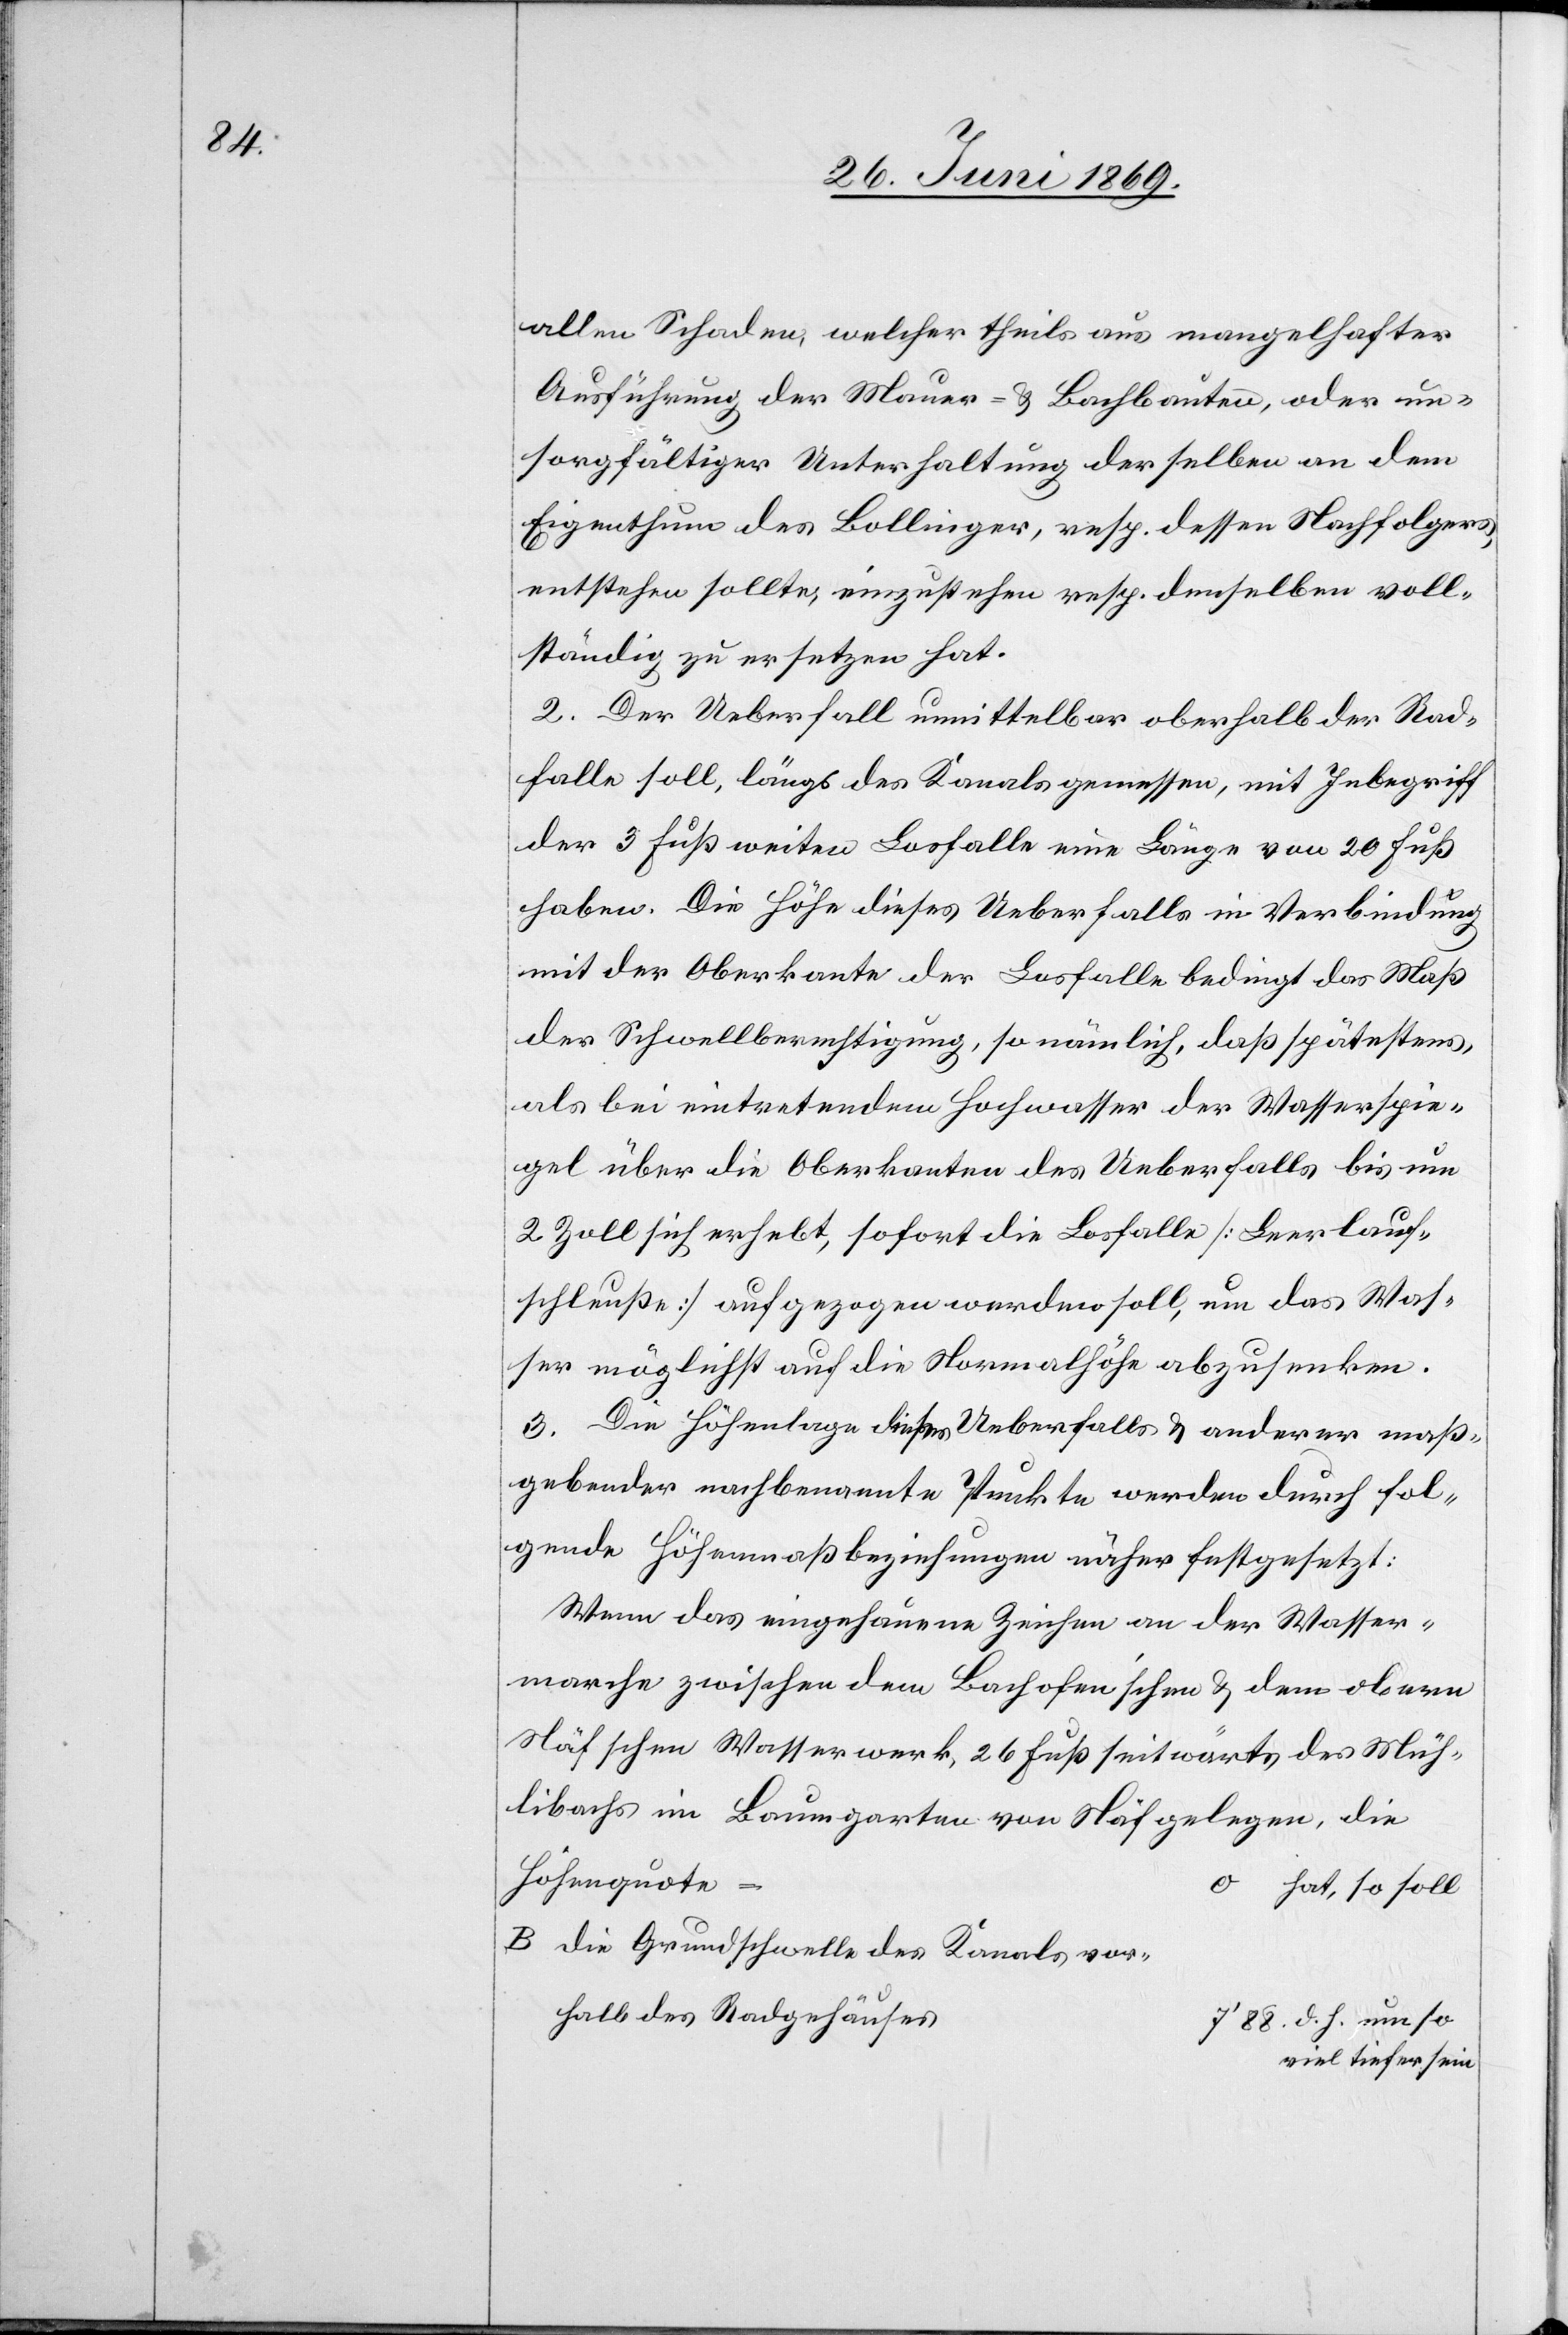
allen Schaden, welcher theils aus mangelhafter
Ausführung der Mauer- u. Bachbauten, oder un¬
sorgfältiger Unterhaltung derselben an dem
Eigenthum des Bollinger, resp. dessen Nachfolgers,
entstehen sollte, einzustehen resp. denselben voll¬
ständig zu ersetzen hat.
2. Der Ueberfall unmittelbar oberhalb der Rad¬
falle soll, längs des Kanals gemessen, mit Inbegriff
der 3 Fuß weiten Losfalle eine Länge von 20 Fuß
haben. Die Höhe dieses Ueberfalls in Verbindung
mit der Oberkante der Losfalle bedingt das Maß
der Schwellberechtigung, so nämlich, daß spätestens,
als bei eintretendem Hochwasser der Wasserspie¬
gel über die Oberkanten des Ueberfalls bis um
2 Zoll sich erhebt, sofort die Losfalle [Leerlauf¬
schleuße] aufgezogen werden soll, um das Was¬
ser möglichst auf die Normalhöhe abzusenken.
3. Die Höhenlage dieses Ueberfalls u. anderer maß¬
gebender nachbenannte Punkte werden durch fol¬
gende Höhenmaßbeziehungen näher festgesetzt:
Wenn das eingehauene Zeichen an der Wasser¬
marche zwischen den Bachofen’schen u. dem obern
Näfschen Wasserwerk, 26 Fuß seitwärts des Müh¬
libachs im Baumgarten von Näf gelegen, die
Höhenquote=
um
0 hat so soll
B. die Grundschwelle des Kanals vor¬
halb des Radgehäuses
viel tiefer sein.